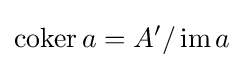
\operatorname {coker} a=A'/\operatorname {im} a